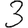
Digit: 3